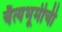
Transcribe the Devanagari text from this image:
चैत्यभूमीची